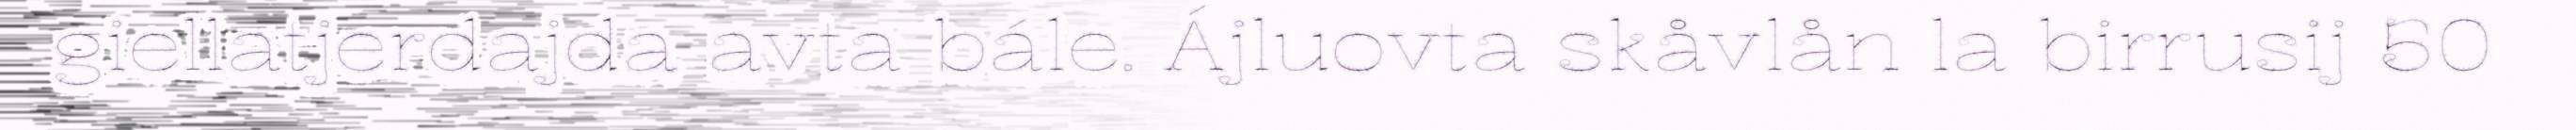
giellatjerdajda avta bále. Ájluovta skåvlån la birrusij 50